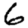
Digit: 6